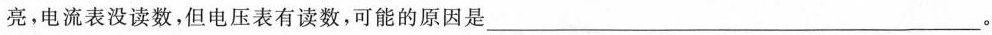
亮，电流表没读数，但电压表有读数，可能的原因是___。